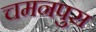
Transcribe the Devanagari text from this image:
चमनपुरा